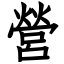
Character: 營